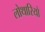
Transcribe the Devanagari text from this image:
लोथारियो